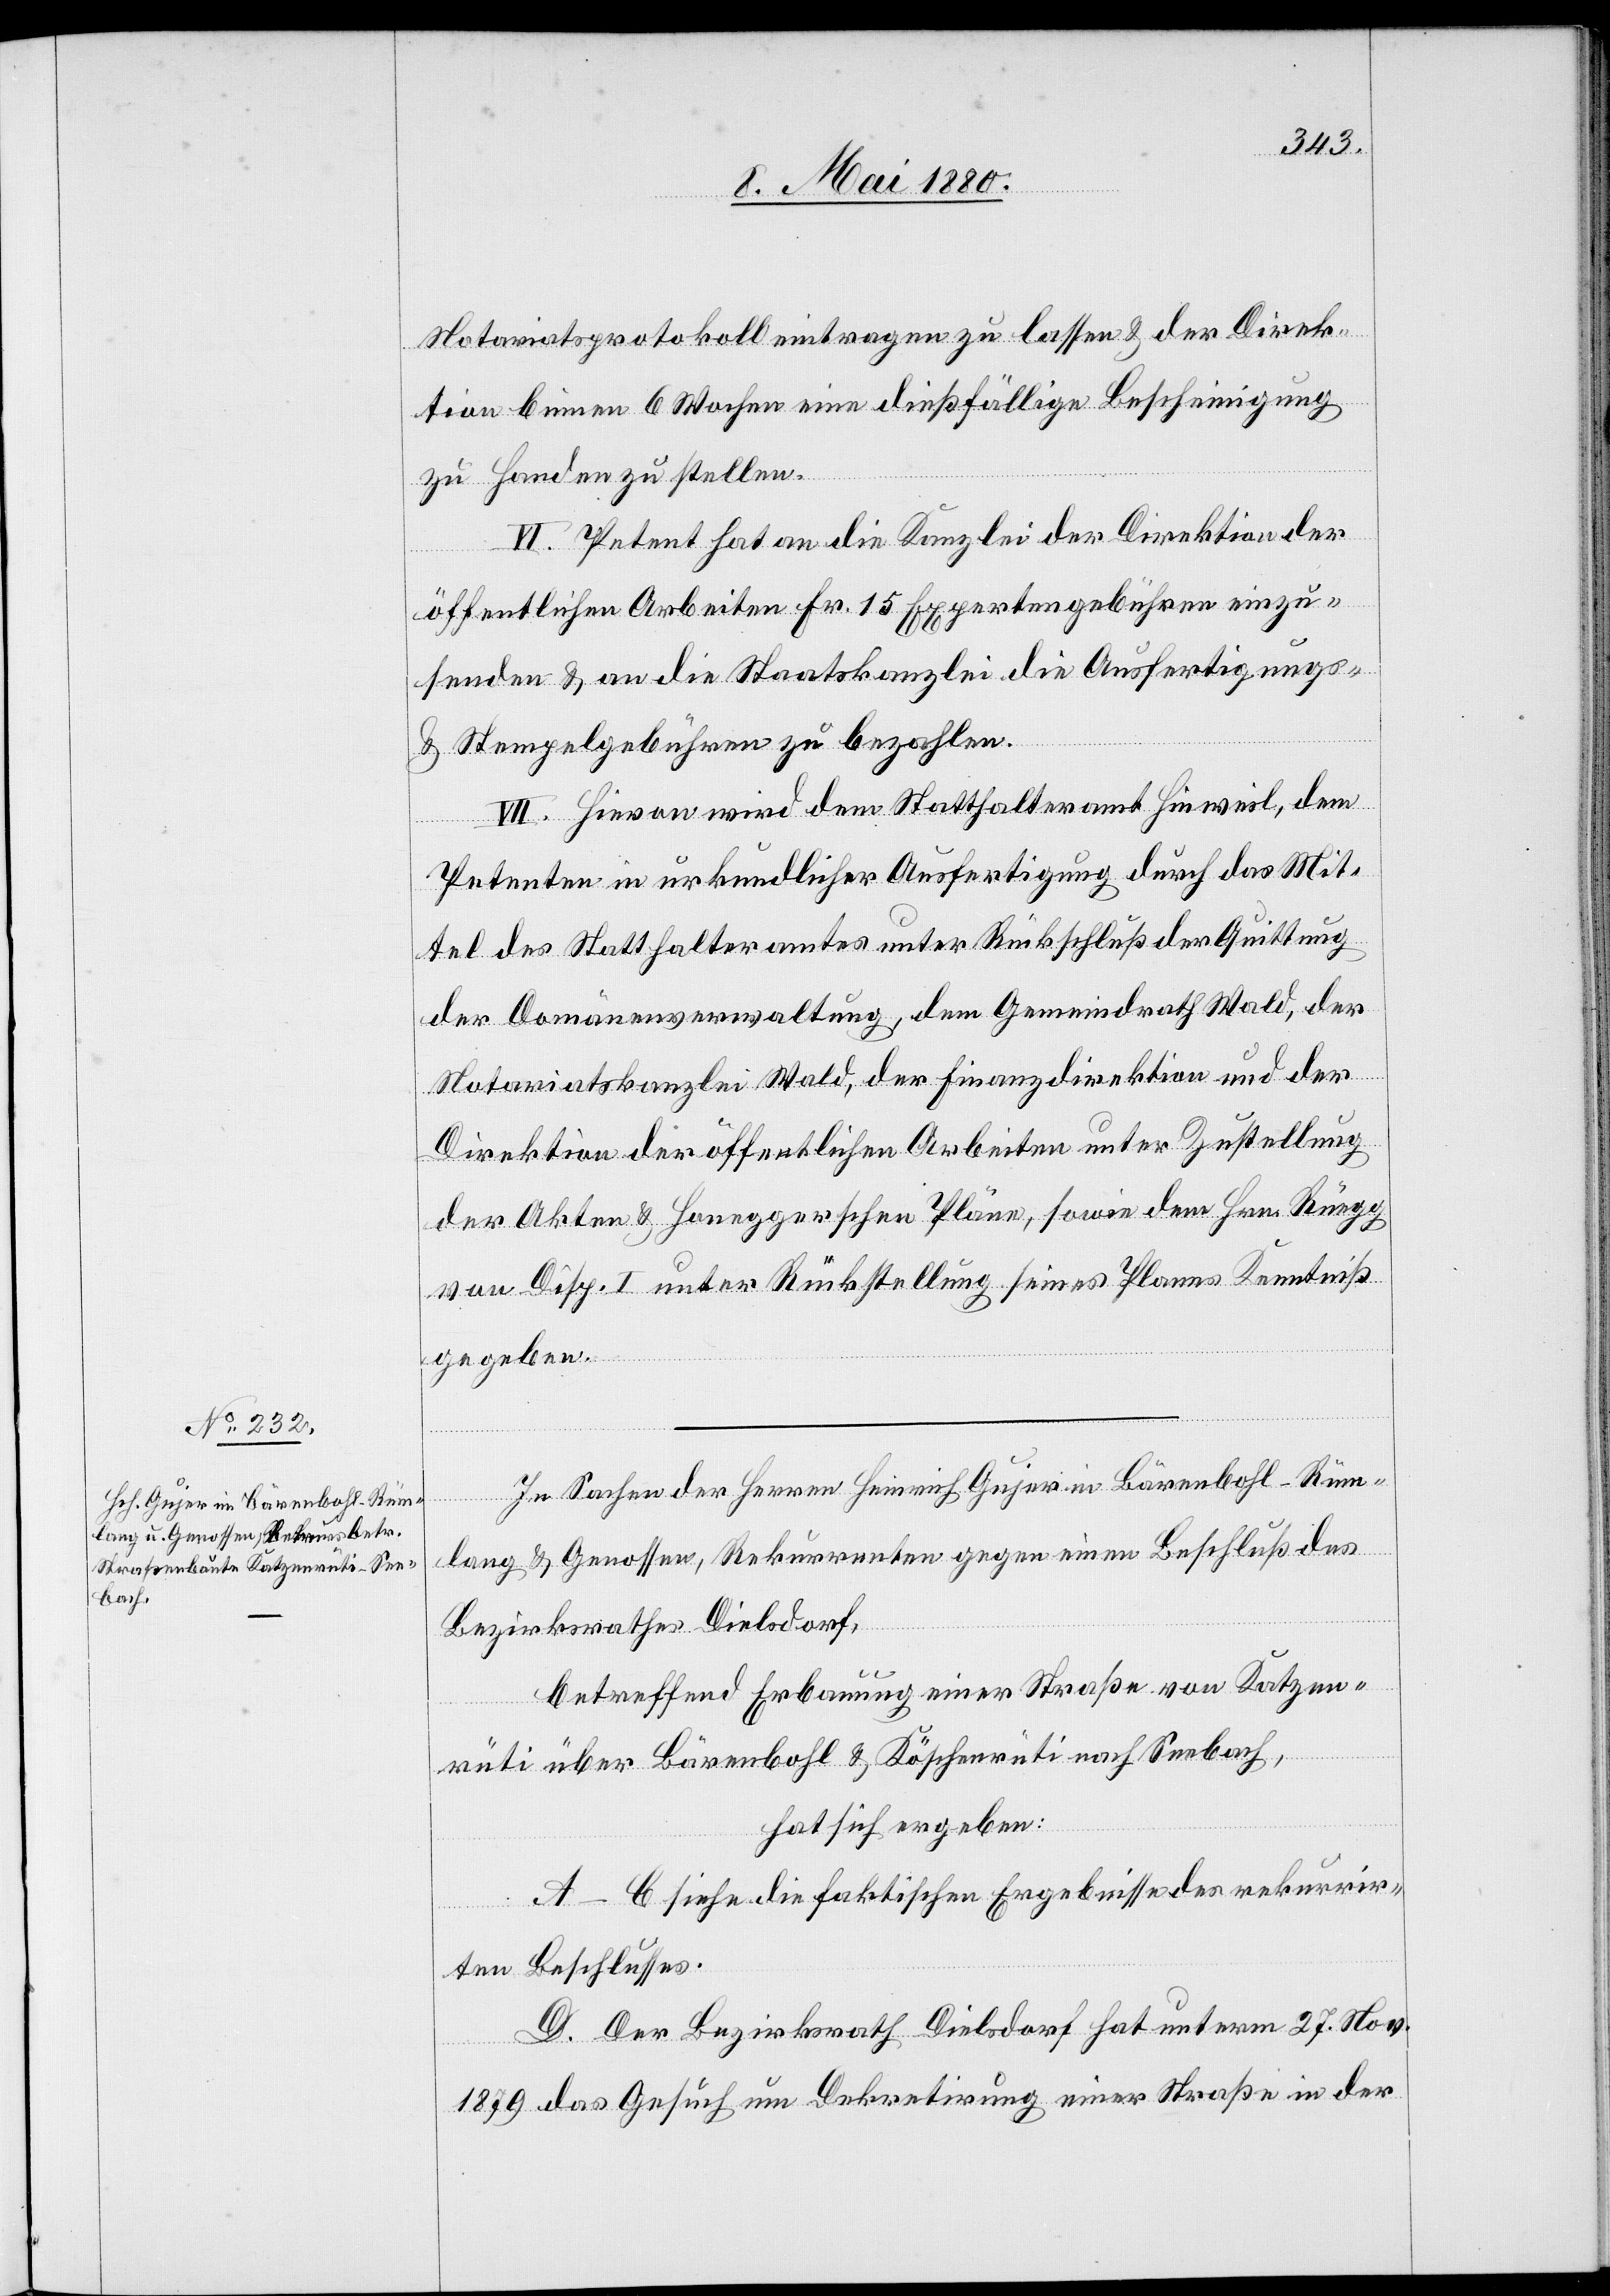
Notariatsprotokoll eintragen zu lassen & der Direk¬
tion binnen 6 Wochen eine dießfällige Bescheinigung
zu Handen zu stellen.
VI. Petent hat an die Kanzlei der Direktion der
öffentlichen Arbeiten Fr. 15 Expertengebühren einzu¬
senden & an die Staatskanzlei die Ausfertigungs-
& Stempelgebühren zu bezahlen.
VII. Hievon wird dem Statthalteramt Hinweil, dem
Petenten in urkundlicher Ausfertigung durch das Mit¬
tel des Statthalteramtes unter Rückschluß der Quittung
der Domänenverwaltung, dem Gemeindrath Wald, der
Notariatskanzlei Wald, der Finanzdirektion und der
Direktion der öffentlichen Arbeiten unter Zustellung
der Akten & Honegger’schen Pläne, sowie dem Hrn. Rüegg
von Disp. I unter Rückstellung seines Planes Kenntniß
gegeben.
In Sachen der Herren Heinrich Gujer in Bärenbohl - Rüm¬
lang & Genossen, Rekurrenten gegen einen Beschluß des
Bezirksrathes Dielsdorf,
betreffend Erbauung einer Straße von Katzen¬
rüti über Bärenbohl & Köschenrüti nach Seebach,
hat sich ergeben:
A–C siehe die faktischen Ergebnisse des rekurrir¬
ten Beschlusses.
D. Der Bezirksrath Dielsdorf hat unterm 27. Nov.
1879 das Gesuch um Dekretirung einer Straße in der